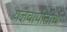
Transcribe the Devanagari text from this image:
यज्ञवापीतीर्थ